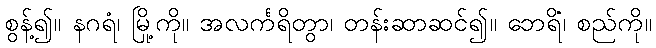
စွန့်၍။ နဂရံ၊ မြို့ကို။ အလင်္ကရိတွာ၊ တန်းဆာဆင်၍။ ဘေရိံ၊ စည်ကို။